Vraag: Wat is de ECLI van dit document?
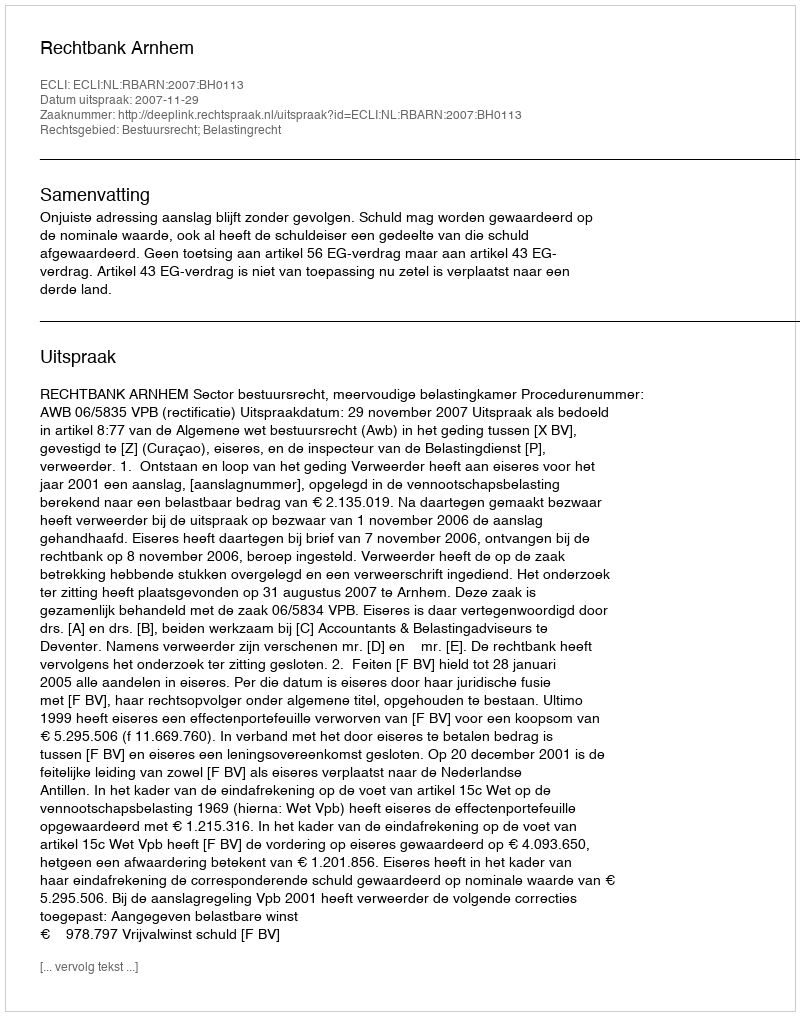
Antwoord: ECLI:NL:RBARN:2007:BH0113